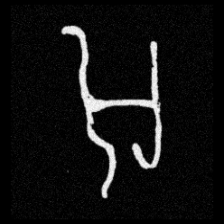
Pyu character \u2014 Myanmar letter: အ (romanized: a)